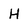
Character: H